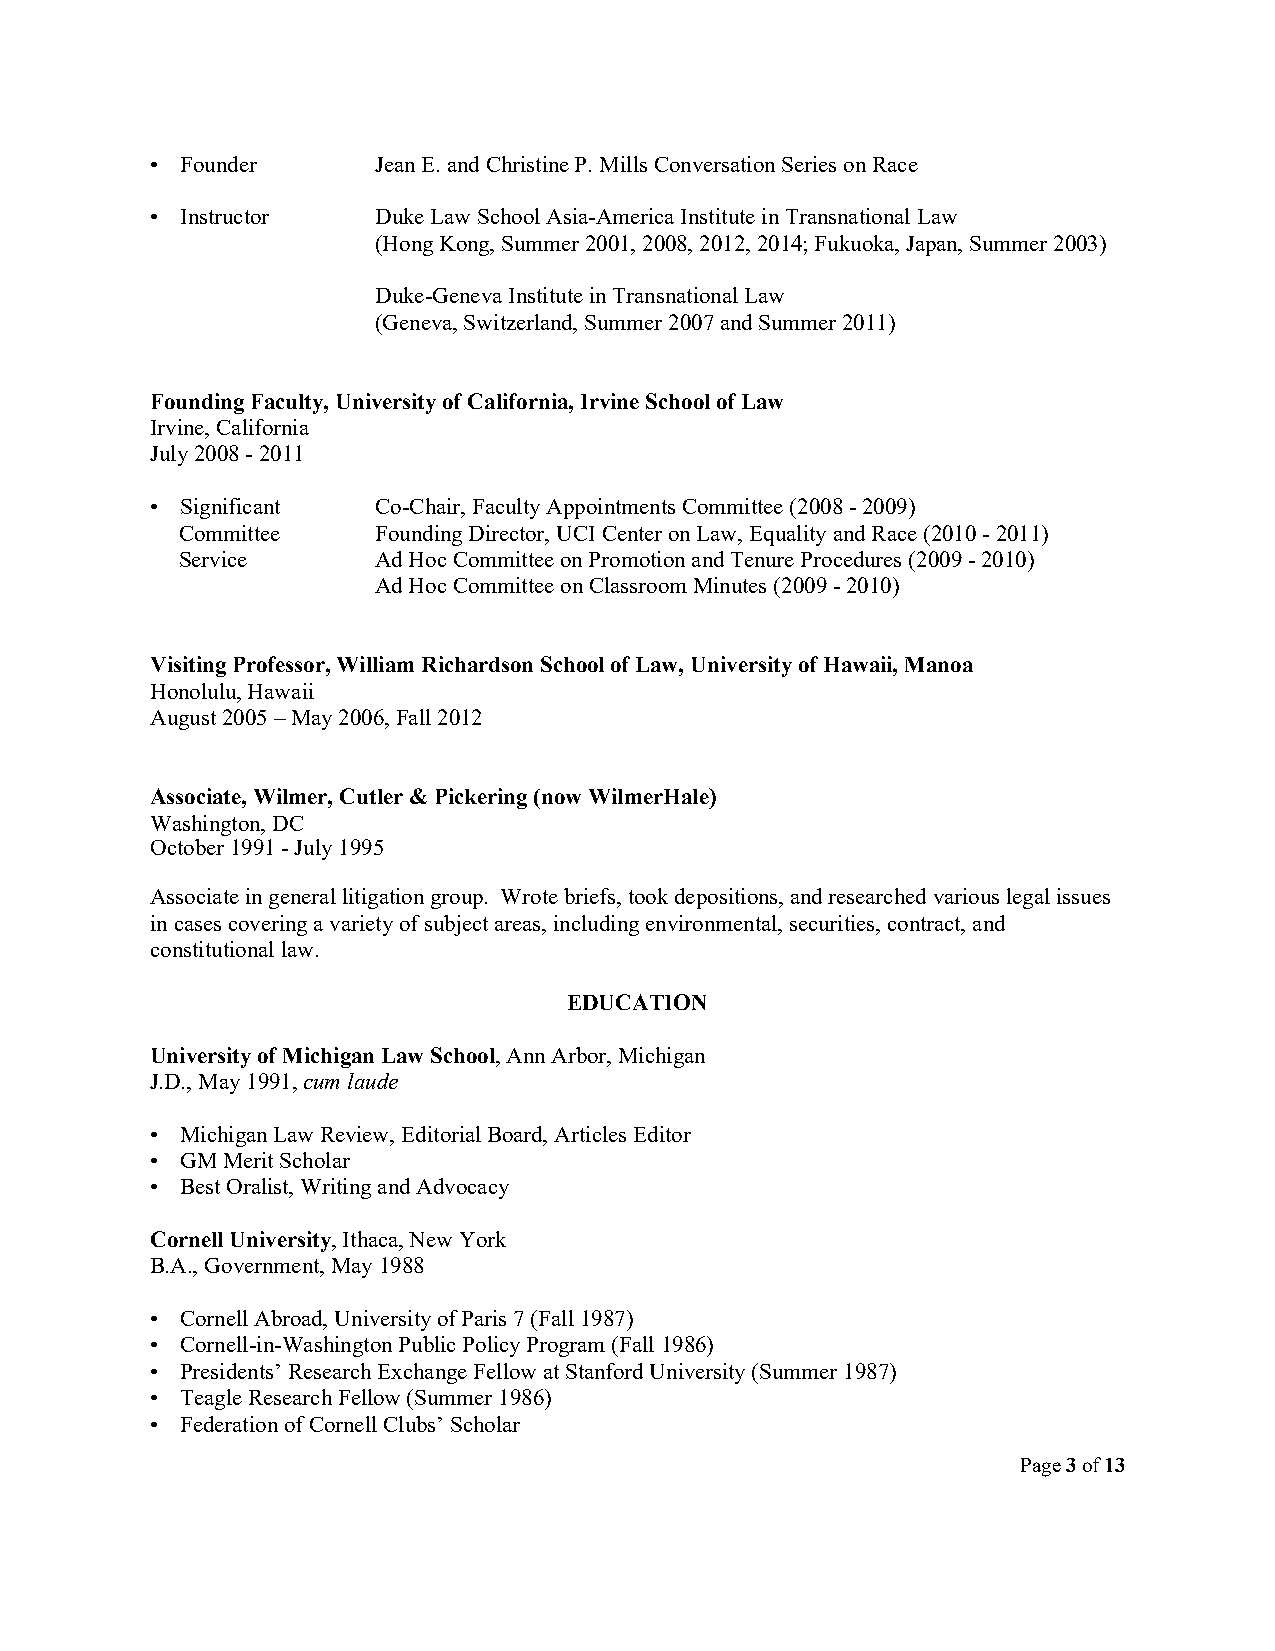
• Founder      Jean E. and Christine P. Mills Conversation Series on Race
 • Instructor   Duke Law School Asia-America Institute in Transnational Law
 (Hong Kong, Summer 2001, 2008, 2012, 2014; Fukuoka, Japan, Summer 2003)
 Duke-Geneva Institute in Transnational Law
 (Geneva, Switzerland, Summer 2007 and Summer 2011)
 Founding Faculty, University of California, Irvine School of Law
 Irvine, California
 July 2008 - 2011
 • Significant  Co-Chair, Faculty Appointments Committee (2008 - 2009)
 Committee    Founding Director, UCI Center on Law, Equality and Race (2010 - 2011)
 Service      Ad Hoc Committee on Promotion and Tenure Procedures (2009 - 2010)
 Ad Hoc Committee on Classroom Minutes (2009 - 2010)
 Visiting Professor, William Richardson School of Law, University of Hawaii, Manoa
 Honolulu, Hawaii
 August 2005 – May 2006, Fall 2012
 Associate, Wilmer, Cutler & Pickering (now WilmerHale)
 Washington, DC
 October 1991 - July 1995
 Associate in general litigation group. Wrote briefs, took depositions, and researched various legal issues
 in cases covering a variety of subject areas, including environmental, securities, contract, and
 constitutional law.
 EDUCATION
 University of Michigan Law School, Ann Arbor, Michigan
 J.D., May 1991, cum laude
 • Michigan Law Review, Editorial Board, Articles Editor
 • GM Merit Scholar
 • Best Oralist, Writing and Advocacy
 Cornell University, Ithaca, New York
 B.A., Government, May 1988
 • Cornell Abroad, University of Paris 7 (Fall 1987)
 • Cornell-in-Washington Public Policy Program (Fall 1986)
 • Presidents’ Research Exchange Fellow at Stanford University (Summer 1987)
 • Teagle Research Fellow (Summer 1986)
 • Federation of Cornell Clubs’ Scholar
 Page 3 of 13